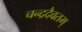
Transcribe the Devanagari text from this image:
चन्द्रदैवतम्